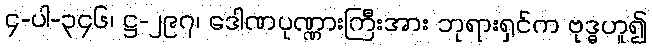
၄-ပါ-၃၄၆၊ ဋ္ဌ-၂၉၇၊ ဒေါဏပုဏ္ဏားကြီးအား ဘုရားရှင်က ဗုဒ္ဓဟူ၍